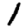
Digit: 1